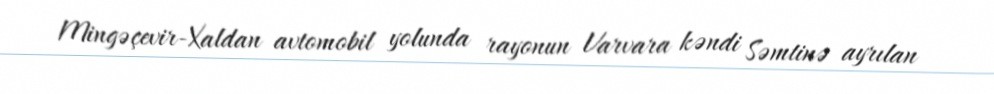
Mingəçevir-Xaldan avtomobil yolunda rayonun Varvara kəndi Səmtinə ayrılan